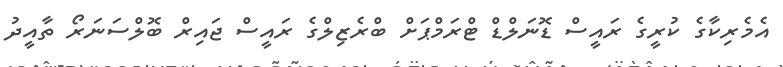
އެމެރިކާގެ ކުރީގެ ރައީސް ޑޮނަލްޑް ޓްރަމްޕަށް ބްރެޒިލްގެ ރައީސް ޖައިރް ބޮލްސަނަރޯ ތާއީދު